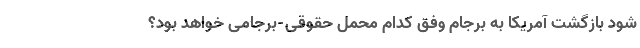
شود بازگشت آمریکا به برجام وفق کدام محملِ حقوقی-برجامی خواهد بود؟